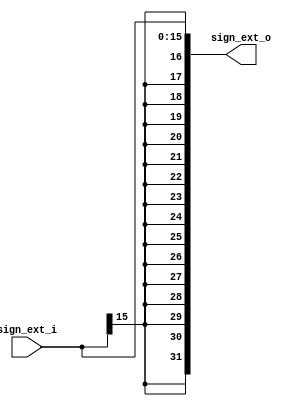
module sign_extend (
	input [15:0] sign_ext_i,
	output wire [31:0] sign_ext_o
);

assign sign_ext_o = {{16{sign_ext_i[15]}},sign_ext_i};
endmodule